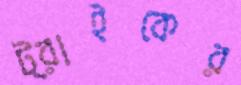
ট্রাইকের